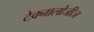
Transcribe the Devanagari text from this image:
टेक्नालोजीज